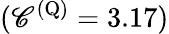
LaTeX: (\mathscr{C}^{(\mathrm{Q})}=3.17)